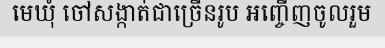
មេឃុំ ចៅសង្កាត់ជាច្រើនរូប អញ្ចើញចូលរួម